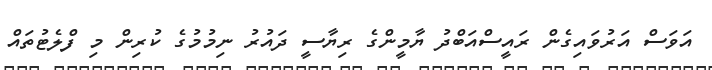
އަވަސް އަރުވައިގެން ރައީސްއަބްދު ޔާމީންގެ ރިޔާސީ ދައުރު ނިމުމުގެ ކުރިން މި ފްލެޓުތައް